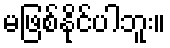
မဖြစ်နိုင်ပါဘူး။